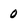
Character: 0